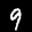
Label: 9